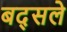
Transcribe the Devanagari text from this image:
बद्सले